画像に写った文字を読んでください
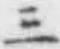
「三」と書いてあります